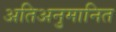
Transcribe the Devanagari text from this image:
अतिअनुमानित